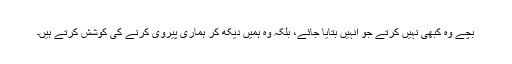
بچے وہ کبھی نہیں کرتے جو انہیں بتایا جائے، بلکہ وہ ہمیں دیکھ کر ہماری پیروی کرنے کی کوشش کرتے ہیں۔